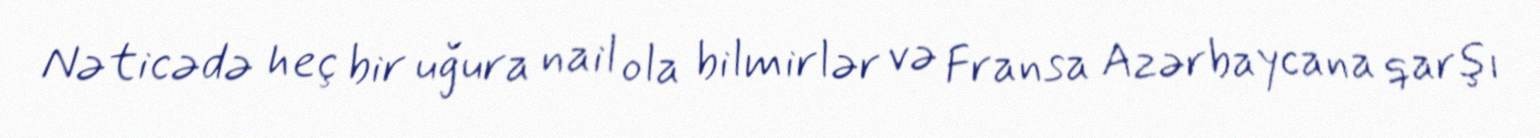
Nəticədə heç bir uğura nail ola bilmirlər və Fransa Azərbaycana qarşı